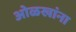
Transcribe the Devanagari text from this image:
ओळखांना